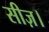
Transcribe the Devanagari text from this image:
सीज़।